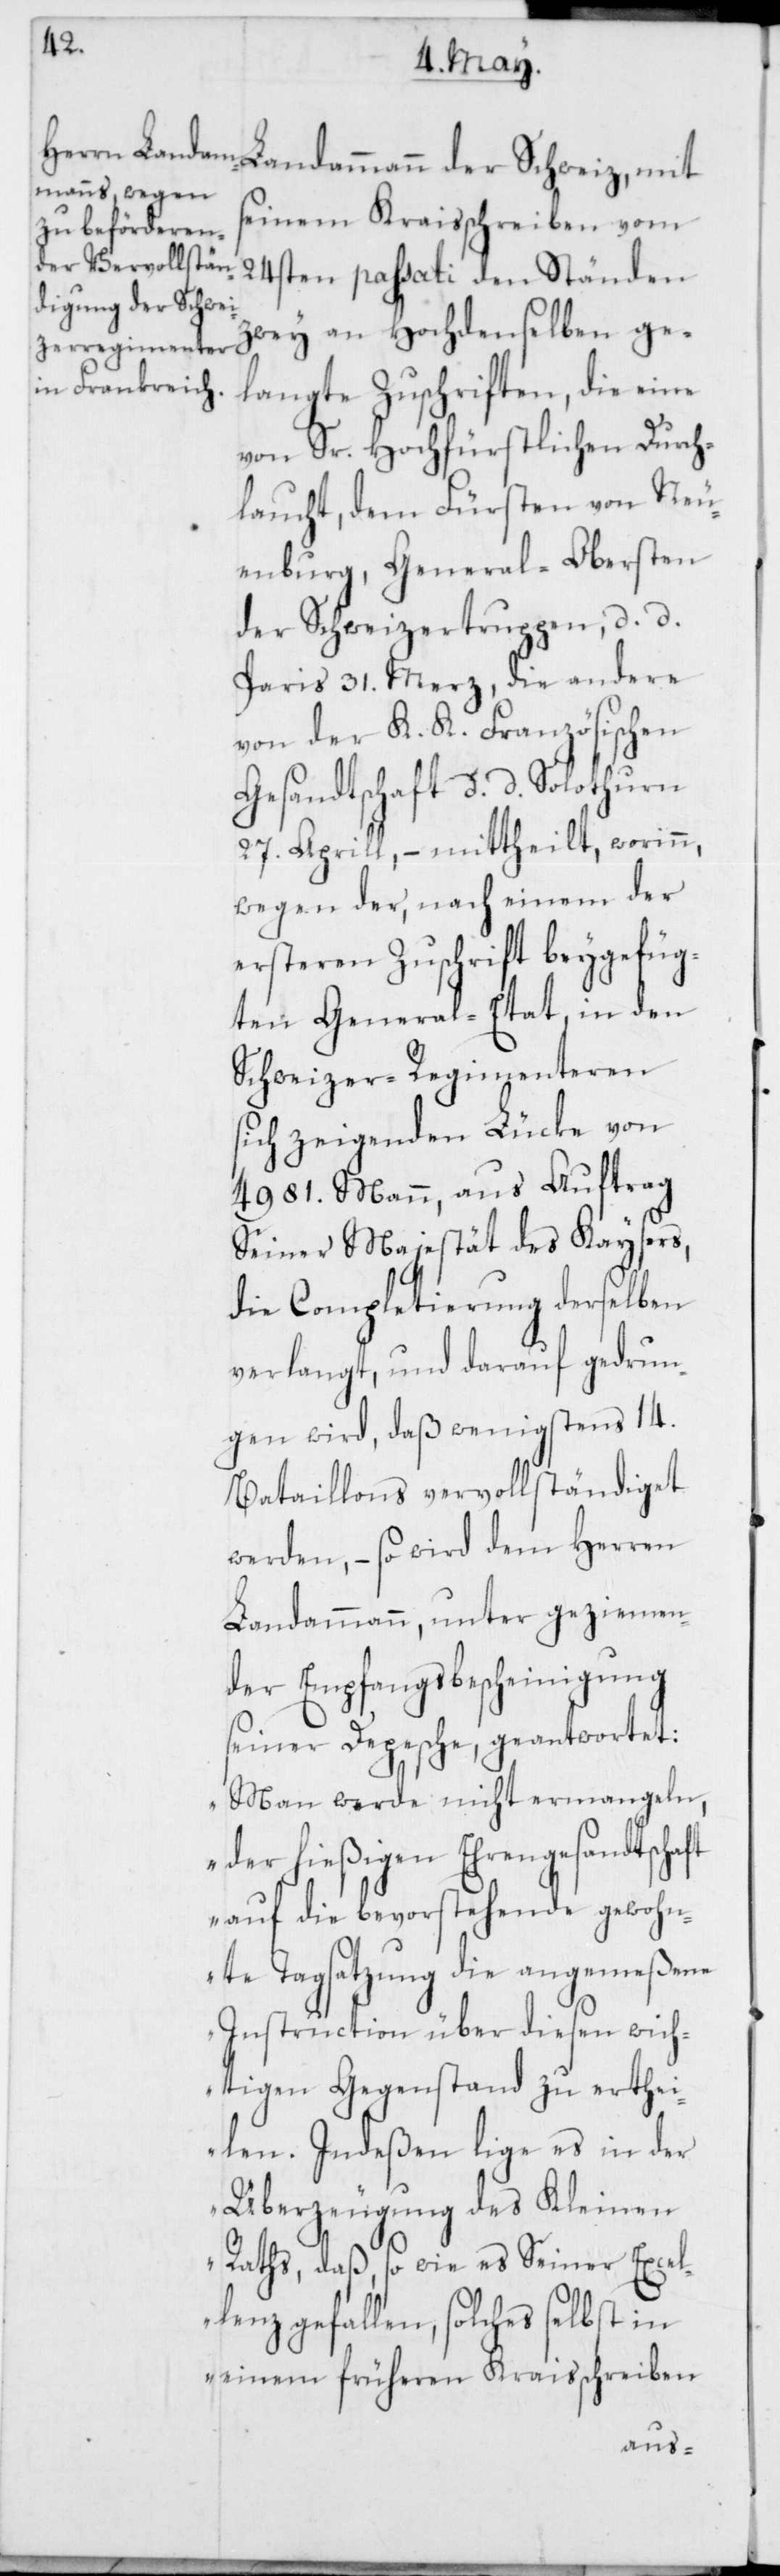
seinem Kraisschreiben vom
24sten passati den Ständen
zwey an Hochdenselben ge¬
langte Zuschriften, die eine
von Sr. Hochfürstlichen Durch¬
laucht, dem Fürsten von Neu¬
enburg, General-Obersten
der Schweizertruppen, d. d.
Paris 31. Merz, die andere
von der K. K. Französischen
Gesandtschaft d. d. Solothurn
27. Aprill, – mittheilt, worinn,
wegen der, nach einem der
ersteren Zuschrift beygefüg¬
ten General-Etat, in den
Schweizer-Regimenteren
sich zeigenden Lücke von
4981. Mann, aus Auftrag
Seiner Majestät des Kaysers,
die Completierung derselben
verlangt, und darauf gedrun¬
gen wird, daß wenigstens 14.
Bataillons vervollständiget
werden, – so wird dem Herren
Landammann, unter geziemen¬
der Empfangsbescheinigung
seiner Depesche, geantwortet:
„Man werde nicht ermangeln,
der hießigen Ehrengesandtschaft
auf die bevorstehende gewohn¬
te Tagsatzung die angemeßene
Instruction über diesen wich¬
tigen Gegenstand zu erthei¬
len. Indeßen lige es in der
Überzeugung des Kleinen
Raths, daß, so wie es Seiner Excel¬
lenz gefallen, solches selbst in
einem früheren Kraisschreiben